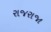
રાજરાજા